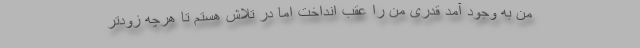
من به وجود آمد قدری من را عقب انداخت اما در تلاش هستم تا هرچه زودتر